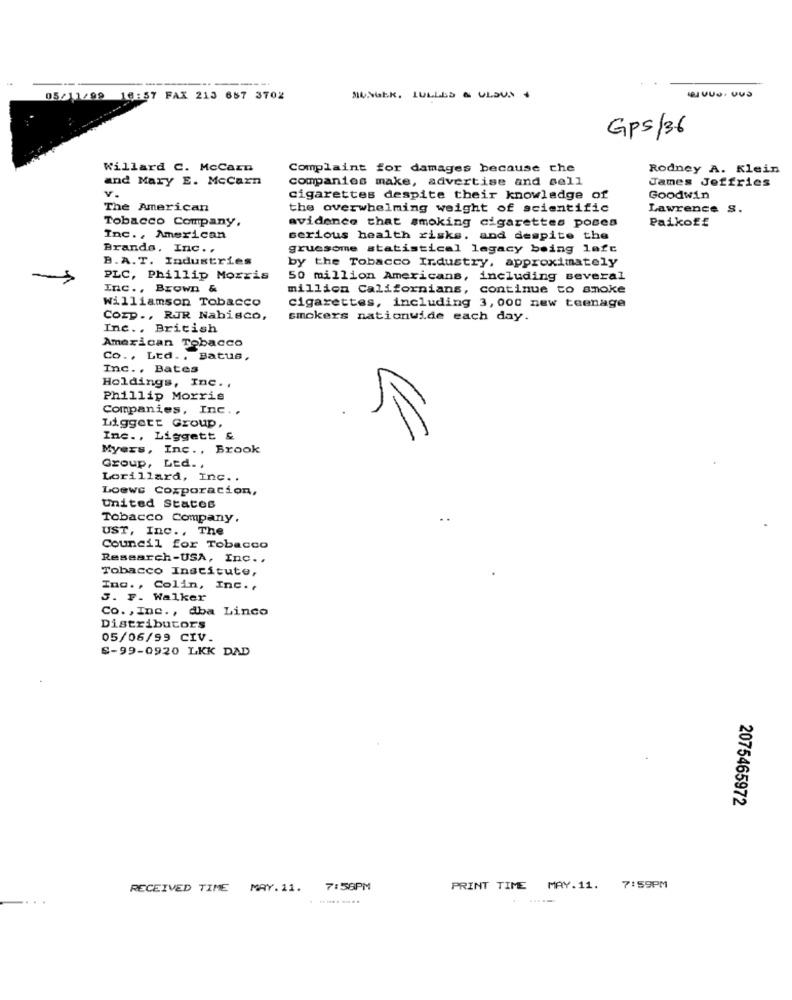
05/11/99
16:57 FAX 213 687 3702
MUNGEK, LULLES & OLSUN 4
Gps/36
Willard C. McCarn
Complaint for damages because che
Rodney A. Klein
and Mary E. McCarn
companies make, advertise and sell
James Jeffries
cigarettes despite their knowledge of
Goodwin
The American
the overwhelming weight of scientific
Lawrence S.
Tobacco Company,
evidence that smoking cigarettes poses
Paikof£
Inc ., American
serious health risks. and despite the
Brands, Inc ..
gruesome statistical legacy being lafc
B.A.T. Industries
by the Tobacco Industry, approximately
PLC, Phillip Morris
50 million Americans, including several
Inc ., Brown &
million Californians, continue to smoke
Williamson Tobacco
Cigarettes, including 3,000 new teenage
Corp ., RJR Nabisco,
smokers nationwide each day.
Inc ., British
American Tobacco
Co ., Ltd .. Batus,
Inc ., Bates
Holdings, Inc .,
Phillip Morris
Companies, Inc ..
Liggett Group,
Inc ., Liggett &
Myers, Inc. , Brook
Group, Ltd. ,
Lorillard, Inc ..
Loewe Coxporation,
United States
Tobacco Company.
..
UST, Inc ., The
Council for Tobacco
Research-USA, Inc ..
Tobacco Institute,
Ing ., Colin, Inc ..
S. F. Walker
Co. , Inc ., dba Linco
Distributors
05/06/99 CIV.
S-99-0920 LKK DAD
2075465972
RECEIVED TIME MAY.11.
7:58PM
PRINT TIME MAY.11. 7:59PM